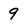
Character: 9